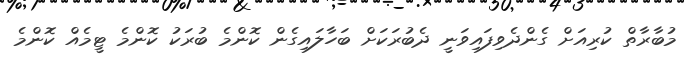
މުބާރާތް ކުރިއަށް ގެންދެވިފައިވަނީ ދެބުރަކަށް ބަހާލައިގެން ކޮންމެ ބުރަކު ކޮންމެ ޓީމެއް ކޮންމެ